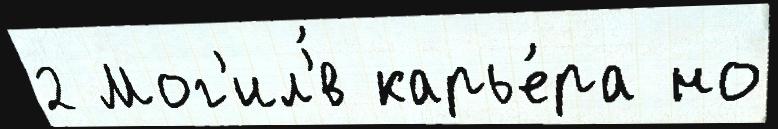
2 Мог'ил'́в карье́ра но